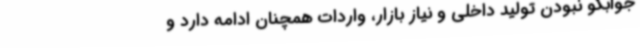
جوابگو‌ نبودن تولید داخلی و نیاز بازار، واردات همچنان ادامه دارد و